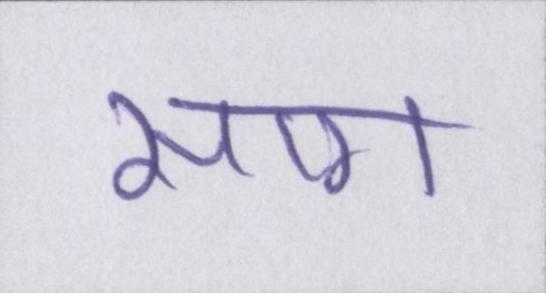
साग